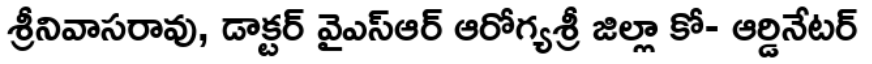
శ్రీనివాసరావు, డాక్టర్ వైఎస్ఆర్ ఆరోగ్యశ్రీ జిల్లా కో- ఆర్డినేటర్